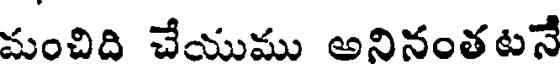
మంచిది చేయుము అనినంతటనే